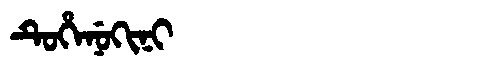
Manchu: ᡨᡠᡥᡝᠨᡠᡴᡳᠨᡳ
Romanization: TUHENUKINI